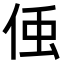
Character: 𬾓